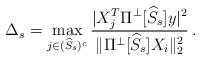
LaTeX: \begin{align*}\Delta_s = \max_{j \in (\widehat{S}_s)^c} \frac{|X_j^T \Pi^{\perp}[\widehat{S}_s] y |^2}{ \| \Pi^{\perp}[\widehat{S}_s] X_i \|_2^2} \,. \end{align*}